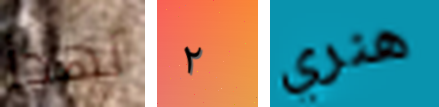
نهدأ ٢ هنري